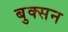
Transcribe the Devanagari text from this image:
बुक्सन